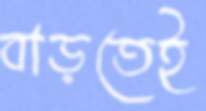
বাড়তেই